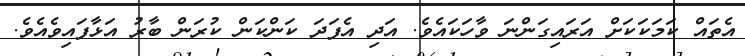
އެތައް ކަމަކަކަށް އަރައިގަންނަ ވާހަކައެވެ. އަދި އެފަދަ ކަންކަން ކުރަން ބާރު އަޅާފައިވެއެވެ.